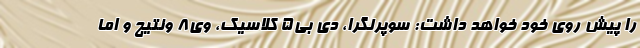
را پیش روی خود خواهد داشت: سوپرلگرا، دی بی5 کلاسیک، وی8 ونتیج و اما